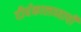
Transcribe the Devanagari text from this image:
दीर्घकालव्यापी